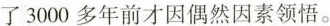
了3000多年前才因偶然因素领悟。